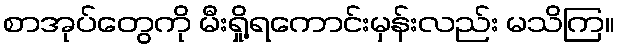
စာအုပ်တွေကို မီးရှို့ရကောင်းမှန်းလည်း မသိကြ။